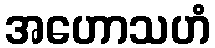
အဟောသဟံ